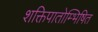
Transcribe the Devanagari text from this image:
शक्तिपातोम्भिषित